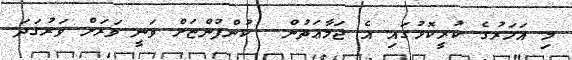
މި އަހަރުގެ ކުރީކޮޅުގައި އެ ޖަމާޢަތުން  ކުންފުންޏަށް ވަނީ ވަރަށް ވަރުގަދަ